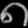
Digit: ၈